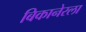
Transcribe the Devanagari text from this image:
बिकानेरला